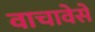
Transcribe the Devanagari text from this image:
वाचावेसे